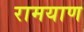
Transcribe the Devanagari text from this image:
रामयाण